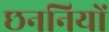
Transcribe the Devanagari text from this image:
छननियों